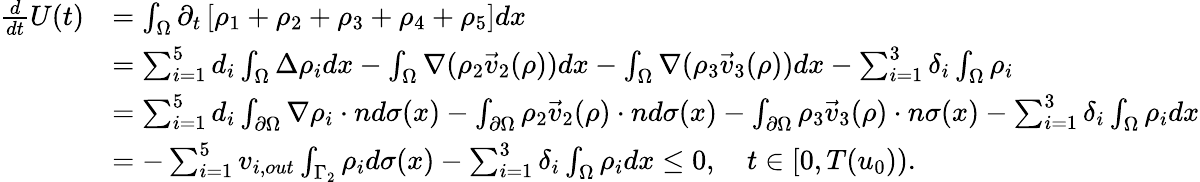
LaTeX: \begin{array}{rl}{\frac{d}{dt}U(t)}&{=\int_{\Omega}\partial_{t}\left[\rho_{1}+\rho_{2}+\rho_{3}+\rho_{4}+\rho_{5}\right]dx}\\ &{=\sum_{i=1}^{5}d_{i}\int_{\Omega}\Delta\rho_{i}dx-\int_{\Omega}\nabla(\rho_{2}\vec{v}_{2}(\rho))dx-\int_{\Omega}\nabla(\rho_{3}\vec{v}_{3}(\rho))dx-\sum_{i=1}^{3}\delta_{i}\int_{\Omega}\rho_{i}}\\ &{=\sum_{i=1}^{5}d_{i}\int_{\partial\Omega}\nabla\rho_{i}\cdot nd\sigma(x)-\int_{\partial\Omega}\rho_{2}\vec{v}_{2}(\rho)\cdot nd\sigma(x)-\int_{\partial\Omega}\rho_{3}\vec{v}_{3}(\rho)\cdot n\sigma(x)-\sum_{i=1}^{3}\delta_{i}\int_{\Omega}\rho_{i}dx}\\ &{=-\sum_{i=1}^{5}v_{i,out}\int_{\Gamma_{2}}\rho_{i}d\sigma(x)-\sum_{i=1}^{3}\delta_{i}\int_{\Omega}\rho_{i}dx\leq 0,\quad t\in[0,T(u_{0})).}\end{array}